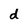
Character: d